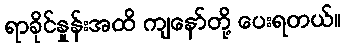
ရာခိုင်နှုန်းအထိ ကျနော်တို့ ပေးရတယ်။